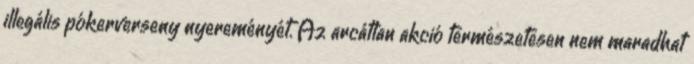
illegális pókerverseny nyereményét. Az arcátlan akció természetesen nem maradhat